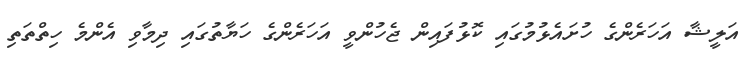
އަލީޝާ އަހަރެންގެ ހުށައެޅުމުގައި ކޮޅުފައިން ޖެހުންވީ އަހަރެންގެ ހަޔާތުގައި ދިމާވި އެންމެ ހިތްތަތި